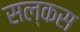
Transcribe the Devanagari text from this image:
सल्कस